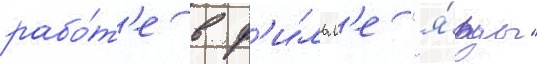
рабо́т'е в ф'и́льм'е "я́рды"